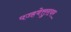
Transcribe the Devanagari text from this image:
पज्हवेत्तुरायर